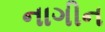
નાગીન